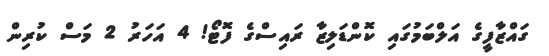
ގައްޒާފީގެ އަލްބަމުގައި ކޮންޑަލިޒާ ރައިސްގެ ފޮޓޯ! 4 އަހަރު 2 މަސް ކުރިން